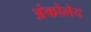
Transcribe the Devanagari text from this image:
अंकोलेद